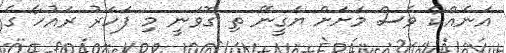
އަނެއްކާ ވެސް މަށަށް ޔަގީނޭ ތި ގޮވަނީ މި ފަހަރު ރައުހާ ގެ